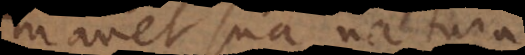
manet sua natura